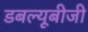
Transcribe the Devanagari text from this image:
डबल्यूबीजी